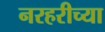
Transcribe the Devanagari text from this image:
नरहरीच्या